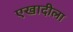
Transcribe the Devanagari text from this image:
एखादीला